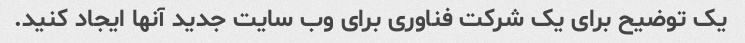
یک توضیح برای یک شرکت فناوری برای وب سایت جدید آنها ایجاد کنید.